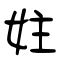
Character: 妵